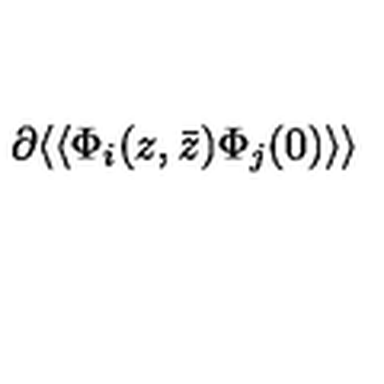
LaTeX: \partial \langle \langle \Phi _ { i } ( z , \bar { z } ) \Phi _ { j } ( 0 ) \rangle \rangle